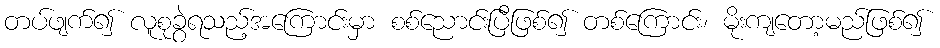
တပ်ဖျက်၍ လူစုခွဲရသည့်အကြောင်းမှာ စစ်ညောင်းပြီဖြစ်၍ တစ်ကြောင်း၊ မိုးကျတော့မည်ဖြစ်၍